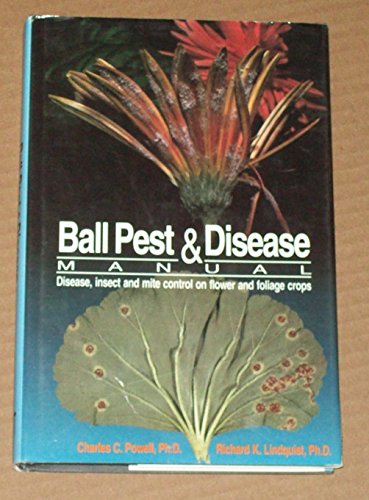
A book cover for Ball Pest and Disease Manual; Charles C. Powell; Crafts, Hobbies & Home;